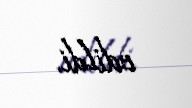
edildi.